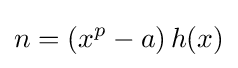
n=\left(x^{p}-a\right)h(x)